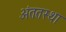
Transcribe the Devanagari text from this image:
अंततस्था